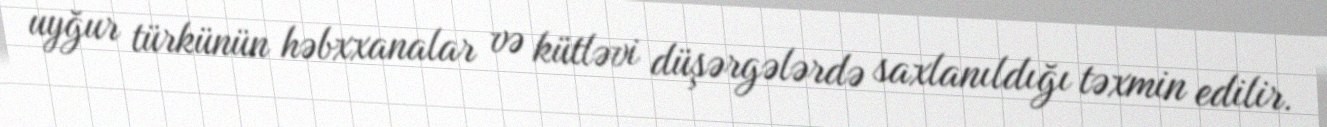
uyğur türkünün həbxxanalar və kütləvi düşərgələrdə saxlanıldığı təxmin edilir.